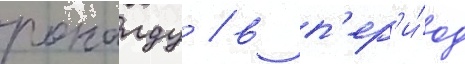
роналду / в п'ер'и́од